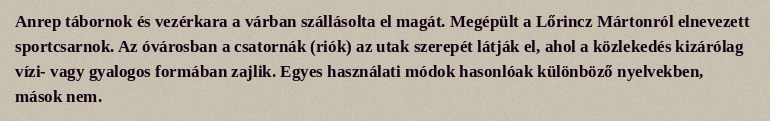
Anrep tábornok és vezérkara a várban szállásolta el magát. Megépült a Lőrincz Mártonról elnevezett sportcsarnok. Az óvárosban a csatornák (riók) az utak szerepét látják el, ahol a közlekedés kizárólag vízi- vagy gyalogos formában zajlik. Egyes használati módok hasonlóak különböző nyelvekben, mások nem.